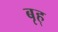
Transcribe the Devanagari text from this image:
बृह्